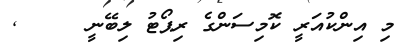
މި އިންކުއަރީ ކޮމިސަންގެ ރިޕޯޓު ލިބޭނީ